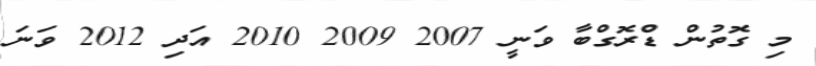
މި ގޮތުން ޑްރޮގްބާ ވަނީ 2007 2009 2010 އަދި 2012 ވަނަ